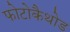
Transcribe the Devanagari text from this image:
फोटोकैथोड